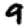
Digit: 9